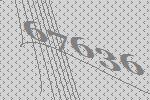
67636